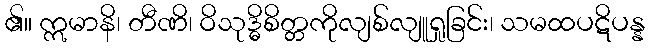
၏။ ဣမာနိ၊ တီဏိ၊ ဝိသုဒ္ဓိစိတ္တကိုလျစ်လျူရှုခြင်း၊ သမထပဋိပန္န